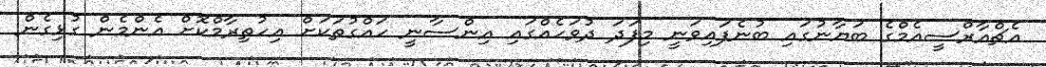
އެޗްއާރްސީއެމްގެ ބަޔާނުގައި ބުނެފައިވަނީ މިފަދަ ދުވަހެއްގައި އިންސާނީ ހައްގުތަކަށް އިހުތިރާމްކޮށް އެންމެން ގުޅިގެން